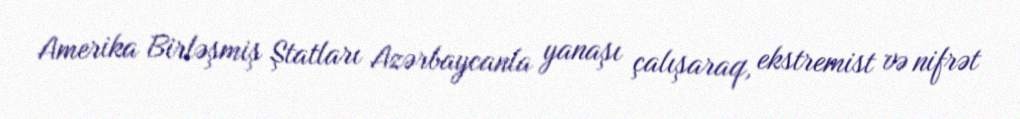
Amerika Birləşmiş Ştatları Azərbaycanla yanaşı çalışaraq, ekstremist və nifrət